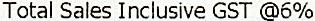
TOTAL SALES INCLUSIVE GST @6%